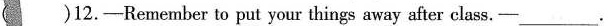
（)12.-Remember to put your things away after class.- ___.